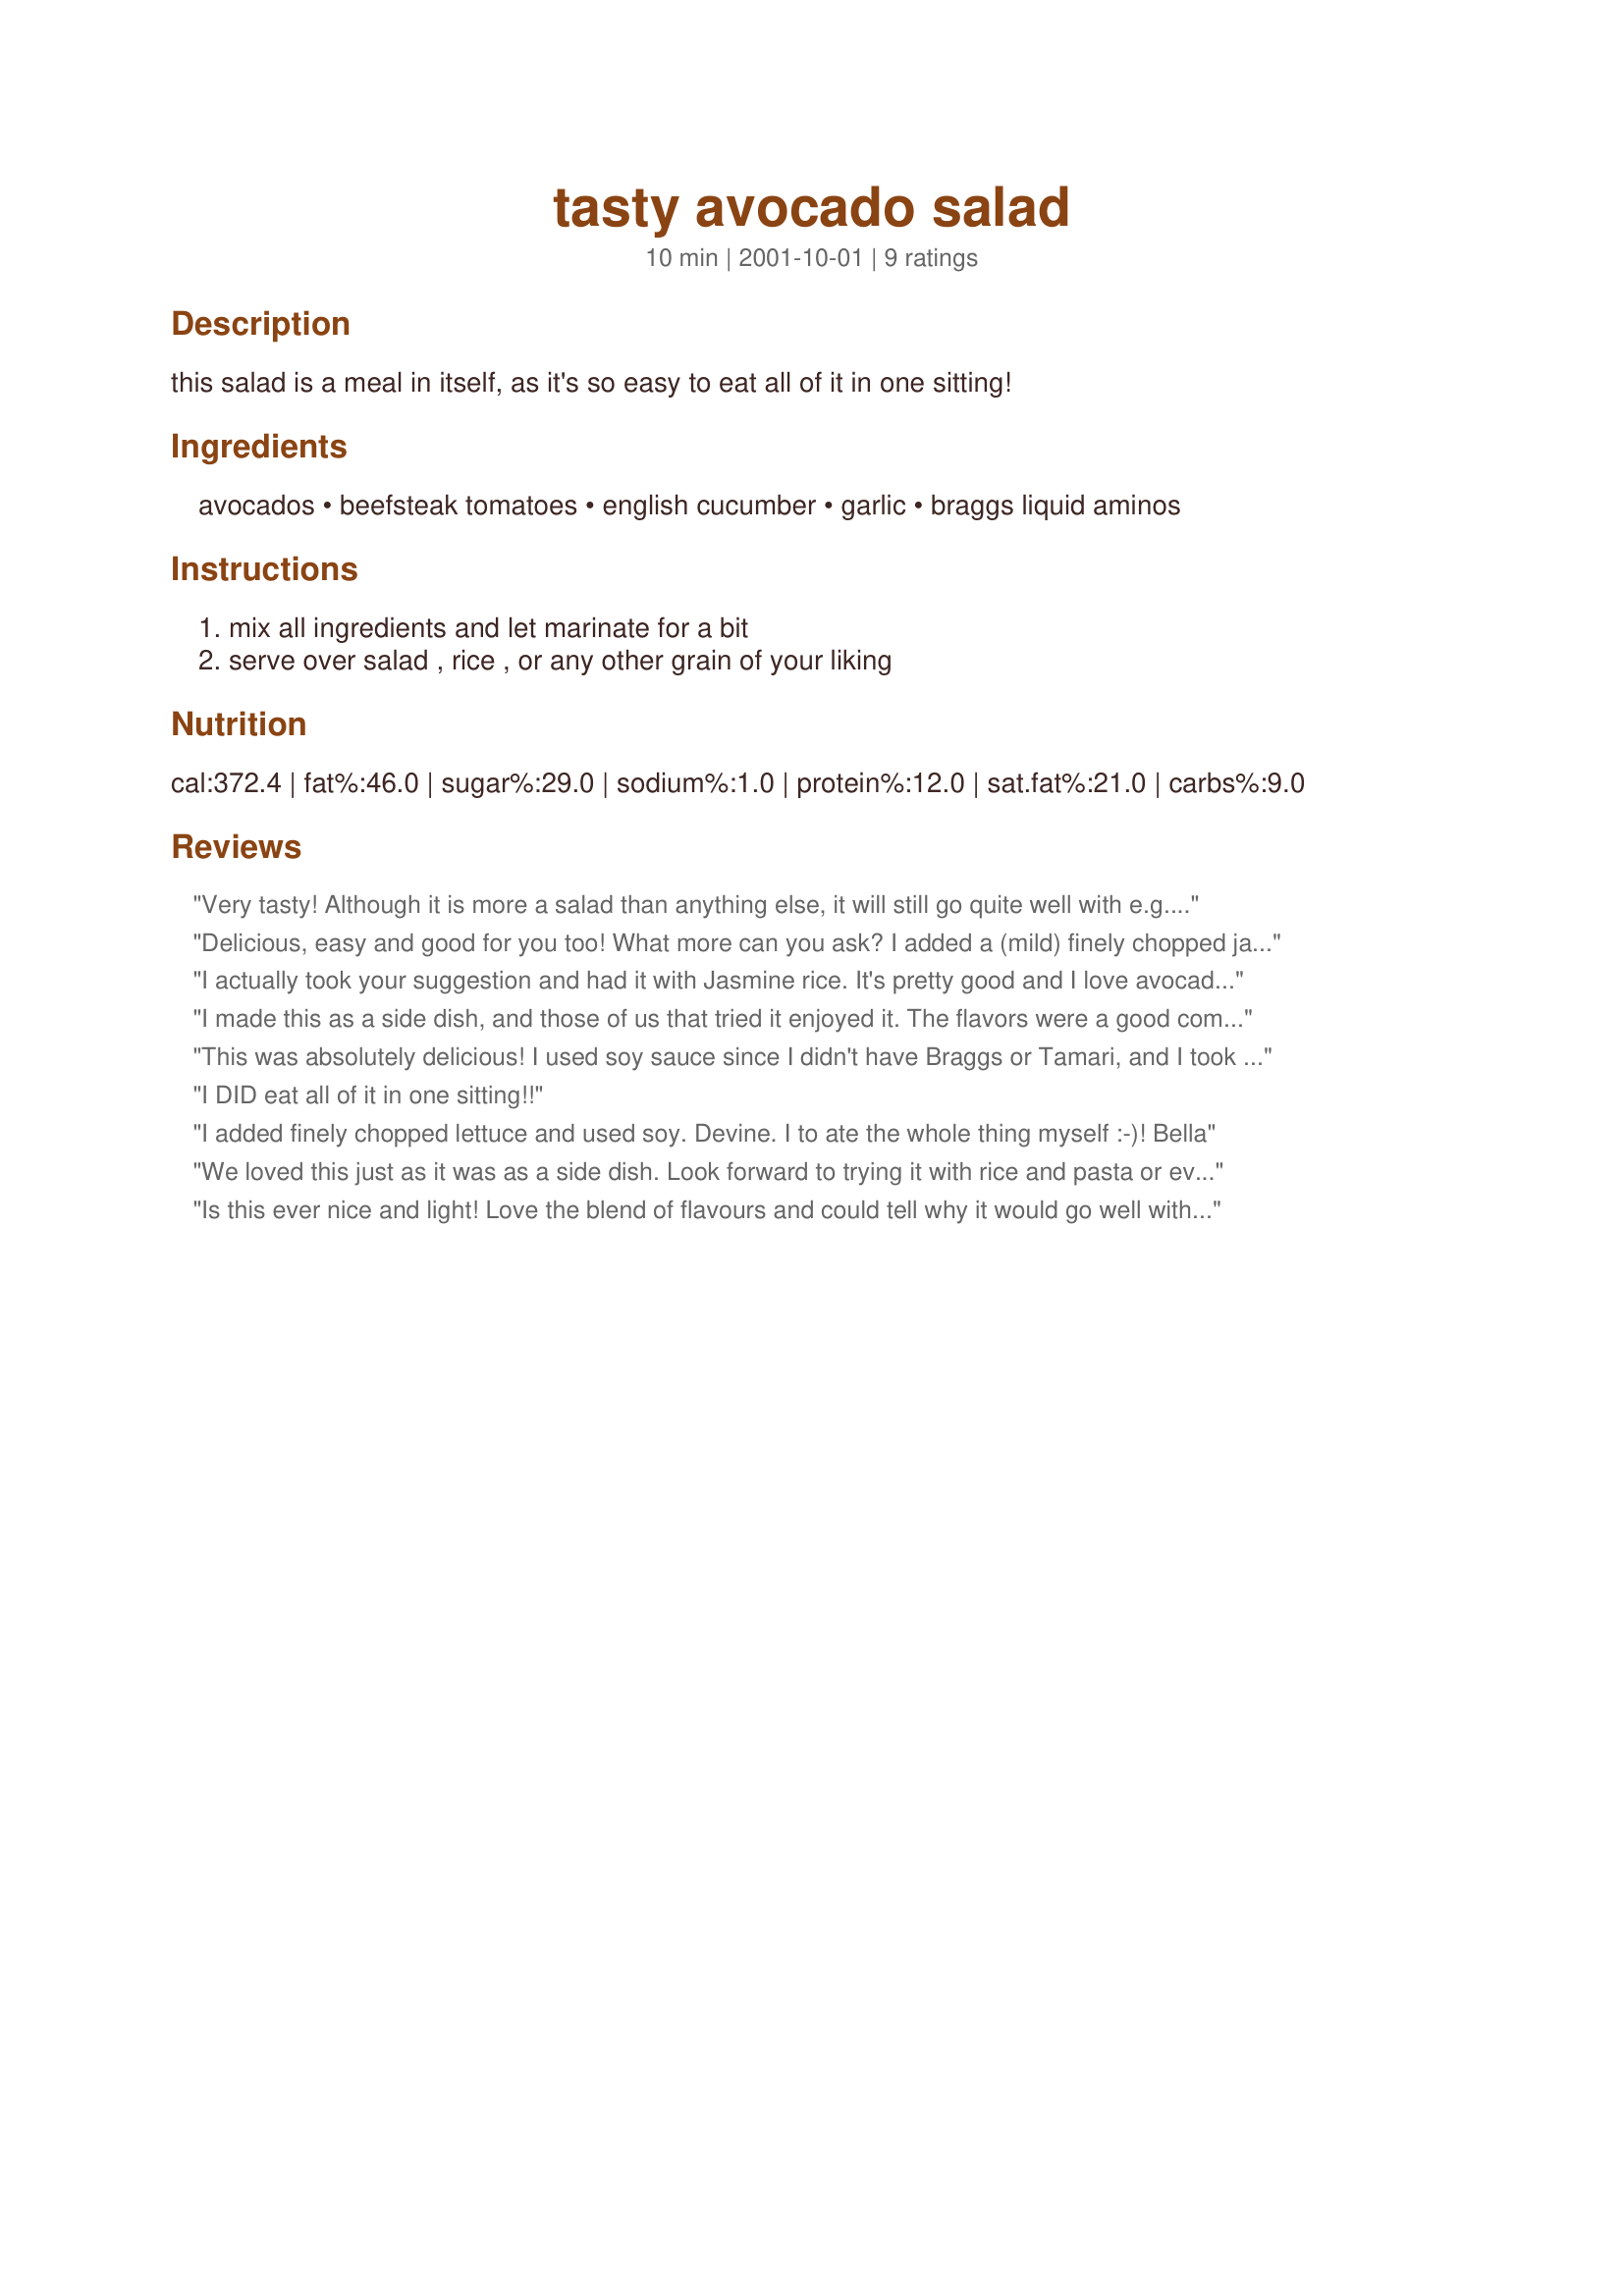
tasty avocado salad
Preparation time: 10 minutes

this salad is a meal in itself, as it's so easy to eat all of it in one sitting!

Ingredients:
avocados, beefsteak tomatoes, english cucumber, garlic, braggs liquid aminos

Steps:
mix all ingredients and let marinate for a bit, serve over salad , rice , or any other grain of your liking

Reviews:
Very tasty! Although it is more a salad than anything else, it will still go quite well with e.g. rice (as you suggested). The second time I made this, I added some lime juice, which gives a nice extra tang.
Delicious, easy and good for you too! What more can you ask? I added a (mild) finely chopped jalapeno and used half braggs and half tamari. Ate it just as is, no rice needed for me. Now I just have to buy some more avacados so I can make this again! Definitley a keeper for me!!! Thanks Carol.
I actually took your suggestion and had it with Jasmine rice. It's pretty good and I love avocadoes.
I made this as a side dish, and those of us that tried it enjoyed it. The flavors were a good combination (although I would have liked fewer tomatoes and more avocado - I am an avocado addict). I used soy sauce instead of Braggs aminos or tamari. This recipe really makes the flavors of the vegetables shine (make sure you have good veggies).
This was absolutely delicious! I used soy sauce since I didn't have Braggs or Tamari, and I took M.K.'s advice and added some lime juice for extra tang. I also added some toasted sunflower seeds and found that it added quite a lot of taste. Thanks, Carol!!
I DID eat all of it in one sitting!!
I added finely chopped lettuce and used soy. Devine. I to ate the whole thing myself :-)!
Bella
We loved this just as it was as a side dish. Look forward to trying it with rice and pasta or even as a cold pasta salad. Simple to put together and the longer it sits the better the flavors meld together. Thanks for a keeper Carol.
Is this ever nice and light! Love the blend of flavours and could tell why it would go well with rice right from the very first bite. So easy to prepare, refreshingly different as a side salad, and makes a great lunch! Thank you!
